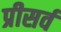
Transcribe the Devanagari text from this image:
प्रीसर्व